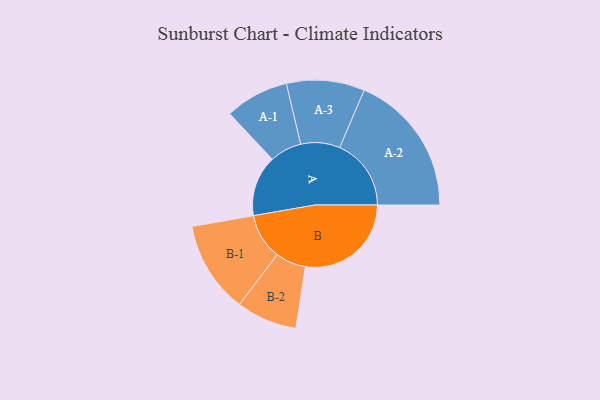
{"axis": {"x": "Segment", "y": "Value"}, "legend": ["", "A", "B"], "data": [{"x": "A", "y": 204, "type": ""}, {"x": "B", "y": 355, "type": ""}, {"x": "A-1", "y": 107, "type": "A"}, {"x": "A-2", "y": 240, "type": "A"}, {"x": "A-3", "y": 131, "type": "A"}, {"x": "B-1", "y": 154, "type": "B"}, {"x": "B-2", "y": 102, "type": "B"}]}